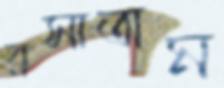
রসাতাম